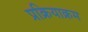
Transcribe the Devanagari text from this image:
प्रक्रियाक्रम